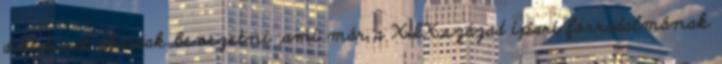
diktatúrát akartak bevezetni ,ami már a XIX.század ipari forradalmának